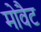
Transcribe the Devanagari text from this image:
मोवैट